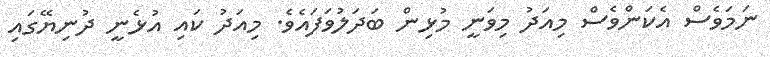
ނަމަވެސް އެކަންވެސް މިއަދު މިވަނީ މުޅިން ބަދަލުވަފައެވެ. މިއަދު ކައި އުޅެނީ ދުނިޔޭގައި